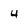
Character: 4